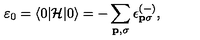
\varepsilon _ { 0 } = \langle 0 | { \cal H } | 0 \rangle = - \sum _ { { \bf { p } } , \sigma } \epsilon _ { { \bf { p } } \sigma } ^ { ( - ) } ,